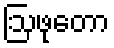
ဩဖုတော